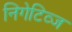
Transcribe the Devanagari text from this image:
निगेटिव्ज